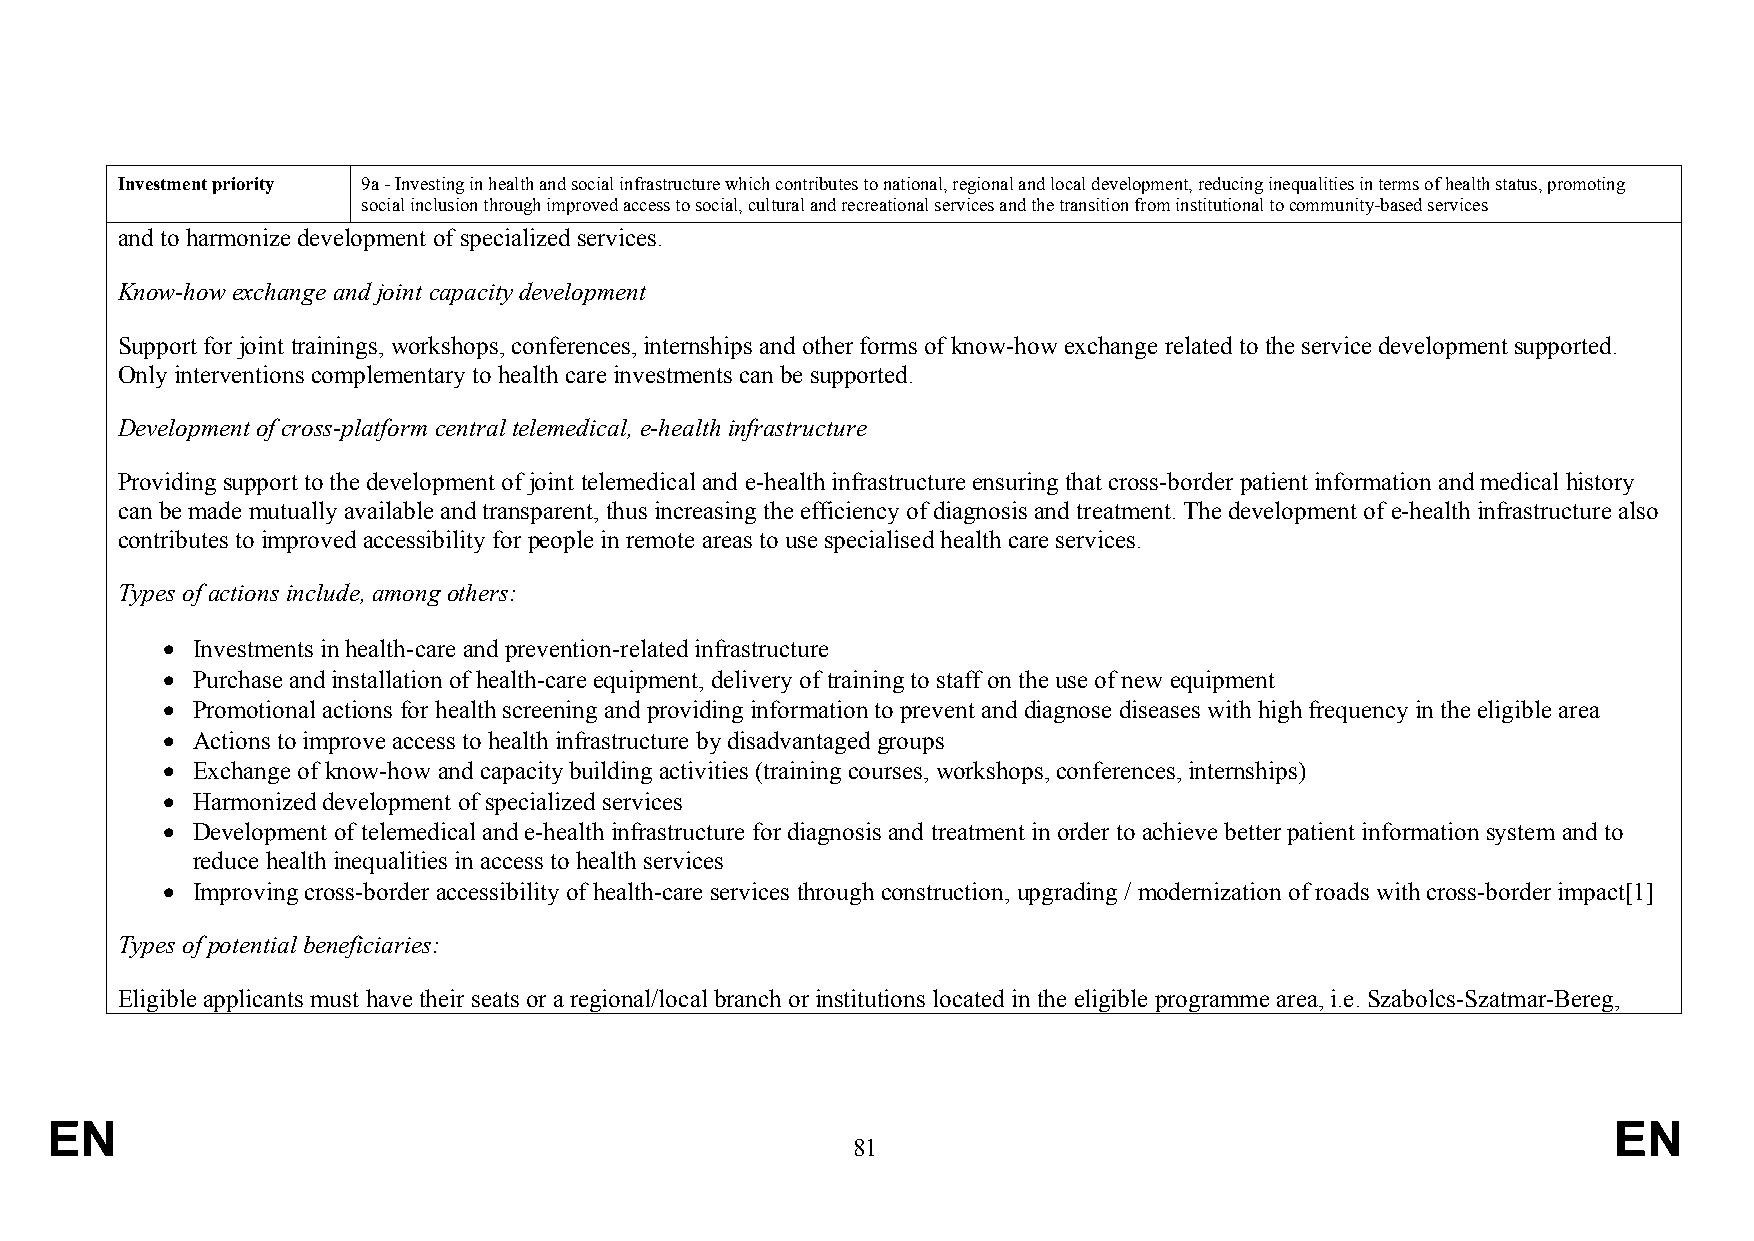
Investment priority 9a - Investing in health and social infrastructure which contributes to national, regional and local development, reducing inequalities in terms of health status, promoting
 social inclusion through improved access to social, cultural and recreational services and the transition from institutional to community-based services
 and to harmonize development of specialized services.
 Know-how exchange and joint capacity development
 Support for joint trainings, workshops, conferences, internships and other forms of know-how exchange related to the service development supported.
 Only interventions complementary to health care investments can be supported.
 Development of cross-platform central telemedical, e-health infrastructure
 Providing support to the development of joint telemedical and e-health infrastructure ensuring that cross-border patient information and medical history
 can be made mutually available and transparent, thus increasing the efficiency of diagnosis and treatment. The development of e-health infrastructure also
 contributes to improved accessibility for people in remote areas to use specialised health care services.
 Types of actions include, among others:
  Investments in health-care and prevention-related infrastructure
  Purchase and installation of health-care equipment, delivery of training to staff on the use of new equipment
  Promotional actions for health screening and providing information to prevent and diagnose diseases with high frequency in the eligible area
  Actions to improve access to health infrastructure by disadvantaged groups
  Exchange of know-how and capacity building activities (training courses, workshops, conferences, internships)
  Harmonized development of specialized services
  Development of telemedical and e-health infrastructure for diagnosis and treatment in order to achieve better patient information system and to
 reduce health inequalities in access to health services
  Improving cross-border accessibility of health-care services through construction, upgrading / modernization of roads with cross-border impact[1]
 Types of potential beneficiaries:
 Eligible applicants must have their seats or a regional/local branch or institutions located in the eligible programme area, i.e. Szabolcs-Szatmar-Bereg,
 EN                                                                                                      EN
 81